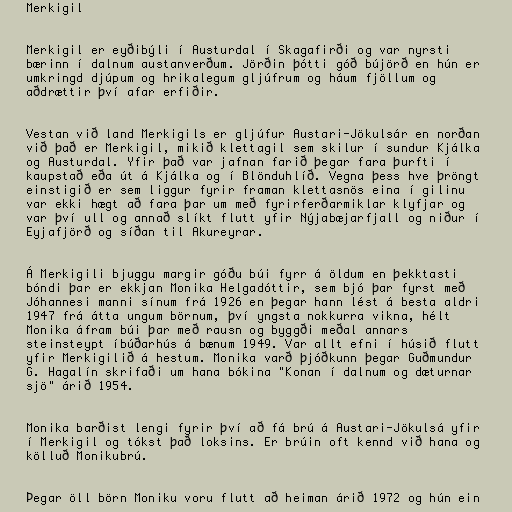
Merkigil

Merkigil er eyðibýli í Austurdal í Skagafirði og var nyrsti
bærinn í dalnum austanverðum. Jörðin þótti góð bújörð en hún er
umkringd djúpum og hrikalegum gljúfrum og háum fjöllum og
aðdrættir því afar erfiðir.

Vestan við land Merkigils er gljúfur Austari-Jökulsár en norðan
við það er Merkigil, mikið klettagil sem skilur í sundur Kjálka
og Austurdal. Yfir það var jafnan farið þegar fara þurfti í
kaupstað eða út á Kjálka og í Blönduhlíð. Vegna þess hve þröngt
einstigið er sem liggur fyrir framan klettasnös eina í gilinu
var ekki hægt að fara þar um með fyrirferðarmiklar klyfjar og
var því ull og annað slíkt flutt yfir Nýjabæjarfjall og niður í
Eyjafjörð og síðan til Akureyrar.

Á Merkigili bjuggu margir góðu búi fyrr á öldum en þekktasti
bóndi þar er ekkjan Monika Helgadóttir, sem bjó þar fyrst með
Jóhannesi manni sínum frá 1926 en þegar hann lést á besta aldri
1947 frá átta ungum börnum, því yngsta nokkurra vikna, hélt
Monika áfram búi þar með rausn og byggði meðal annars
steinsteypt íbúðarhús á bænum 1949. Var allt efni í húsið flutt
yfir Merkigilið á hestum. Monika varð þjóðkunn þegar Guðmundur
G. Hagalín skrifaði um hana bókina "Konan í dalnum og dæturnar
sjö" árið 1954.

Monika barðist lengi fyrir því að fá brú á Austari-Jökulsá yfir
í Merkigil og tókst það loksins. Er brúin oft kennd við hana og
kölluð Monikubrú.

Þegar öll börn Moniku voru flutt að heiman árið 1972 og hún ein